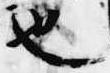
也